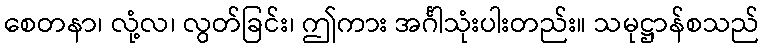
စေတနာ၊ လုံ့လ၊ လွတ်ခြင်း၊ ဤကား အင်္ဂါသုံးပါးတည်း။ သမုဋ္ဌာန်စသည်